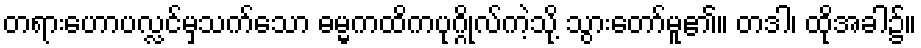
တရားဟောပလ္လင်မှသက်သော ဓမ္မကထိကပုဂ္ဂိုလ်ကဲ့သို့ သွားတော်မူ၏။ တဒါ၊ ထိုအခါ၌။